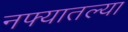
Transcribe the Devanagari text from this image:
नफ्यातल्या